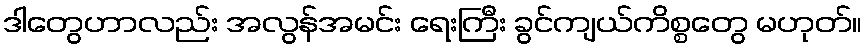
ဒါတွေဟာလည်း အလွန်အမင်း ရေးကြီး ခွင်ကျယ်ကိစ္စတွေ မဟုတ်။